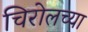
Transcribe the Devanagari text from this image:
चिरोलच्या